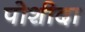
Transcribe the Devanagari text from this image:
पोशीदा